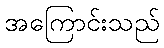
အကြောင်းသည်